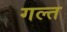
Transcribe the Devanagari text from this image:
गल्त